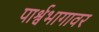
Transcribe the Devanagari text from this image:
पार्श्वभागावर